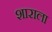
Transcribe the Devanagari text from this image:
शाराला